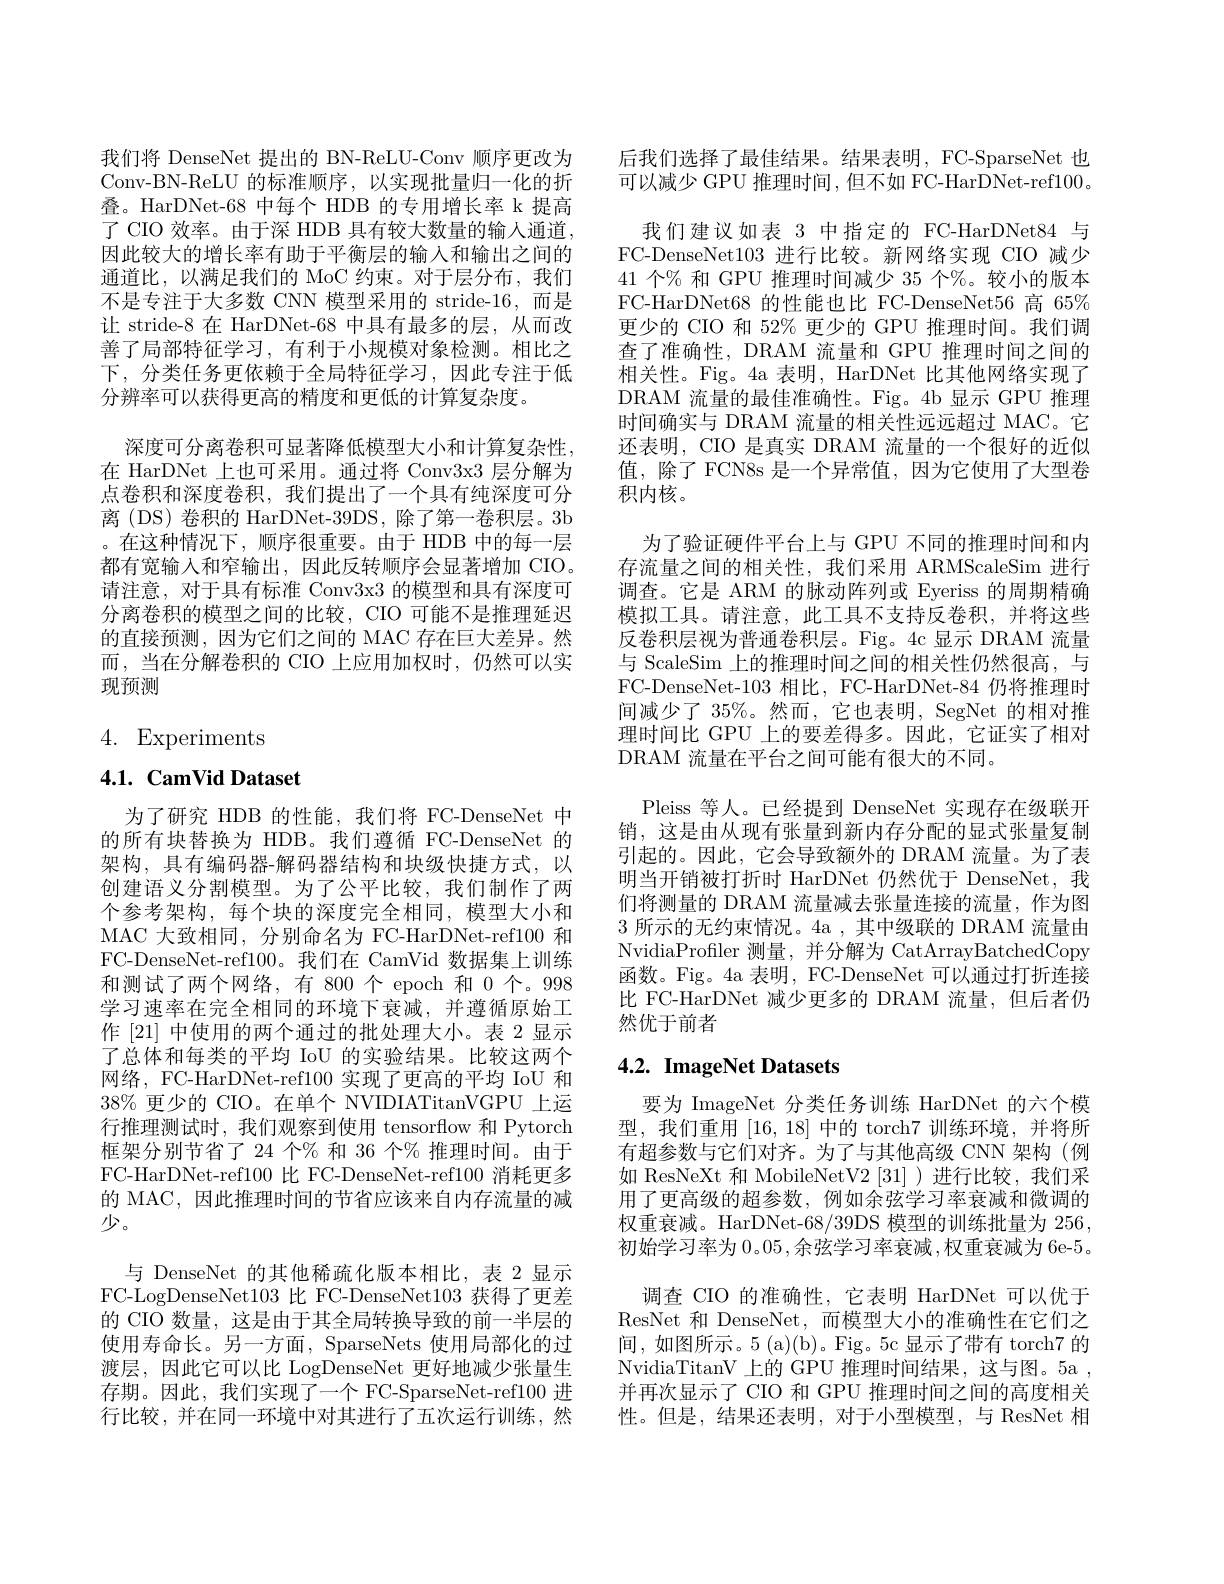
我们将 DenseNet 提出的 BN-ReLU-Conv 顺序更改为Conv-BN-ReLU 的标准顺序，以实现批量归一化的折叠。HarDNet-68 中每个 HDB 的专用增长率 k 提高了 CIO 效率。由于深 HDB 具有较大数量的输人通道， 因此较大的增长率有助于平衡层的输入和输出之间的通道比，以满足我们的 MoC 约束。对于层分布，我们不是专注于大多数 CNN 模型采用的 stride-16,而是让 stride-8 在 HarDNet-68 中具有最多的层，从而改善了局部特征学习，有利于小规模对象检测。相比之下，分类任务更依赖于全局特征学习，因此专注于低分辨率可以获得更高的精度和更低的计算复杂度。
深度可分离卷积可显著降低模型大小和计算复杂性， 在 HarDNet 上也可采用。通过将 Conv3x3 层分解为点卷积和深度卷积，我们提出了一个具有纯深度可分离 (DS) 卷积的 HarDNet-39DS, 除了第一卷积层。3b 。在这种情况下，顺序很重要。由于 HDB 中的每一层都有宽输入和窄输出，因此反转顺序会显著增加 CIO。请注意，对于具有标准 Conv3x3 的模型和具有深度可分离卷积的模型之间的比较，CIO 可能不是推理延迟的直接预测，因为它们之间的 MAC 存在巨大差异。然而，当在分解卷积的 CIO 上应用加权时，仍然可以实现预测

# 4. Experiments

# 4.1. CamVid Dataset

为了研究 HDB 的性能，我们将 FC-DenseNet 中的所有块替换为 HDB。我们遵循 FC-DenseNet 的架构，具有编码器-解码器结构和块级快捷方式，以创建语义分割模型。为了公平比较，我们制作了两个参考架构，每个块的深度完全相同，模型大小和MAC 大致相同，分别命名为 FC-HarDNet-ref100 和FC-DenseNet-ref100。我们在 CamVid 数据集上训练和测试了两个网络，有 800个 epoch 和 0 个。998学习速率在完全相同的环境下衰减，并遵循原始工作[21]中使用的两个通过的批处理大小。表 2 显示了总体和每类的平均 IoU 的实验结果。比较这两个网络，FC-HarDNet-ref100 实现了更高的平均 IoU 和$38\%$更少的 CIO。在单个 NVIDIATitanVGPU 上运行推理测试时，我们观察到使用 tensorflow 和 Pytorch 框架分别节省了 24 个% 和 36 个% 推理时间。由于FC-HarDNet-ref100 比 FC-DenseNet-ref100 消耗更多的 MAC, 因此推理时间的节省应该来自内存流量的减少。

与 DenseNet 的其他稀疏化版本相比，表 2 显示FC-LogDenseNet103 比 FC-DenseNet103获得了更差的 CIO 数量，这是由于其全局转换导致的前一半层的使用寿命长。另一方面，SparseNets 使用局部化的过渡层，因此它可以比 LogDenseNet 更好地减少张量生存期。因此，我们实现了一个 FC-SparseNet-ref100 进行比较，并在同一环境中对其进行了五次运行训练，然

后我们选择了最佳结果。结果表明，FC-SparseNet 也可以减少 GPU 推理时间，但不如 FC-HarDNet-ref100。
我们建议如表 3 中指定的 FC-HarDNet84 与FC-DenseNet103 进行比较。新网络实现 CIO 减少41个% 和 GPU 推理时间减少 35 个%。较小的版本FC-HarDNet68 的性能也比 FC-DenseNet56高 65% 更少的 CIO 和 52% 更少的 GPU 推理时间。我们调查了准确性，DRAM 流量和 GPU 推理时间之间的相关性。Fig。4a 表明，HarDNet 比其他网络实现了DRAM 流量的最佳准确性。Fig。4b 显示 GPU 推理时间确实与 DRAM 流量的相关性远远超过 MAC。它还表明，CIO 是真实 DRAM 流量的一个很好的近似值，除了 FCN8s 是一个异常值，因为它使用了大型卷积内核。
为了验证硬件平台上与 GPU 不同的推理时间和内存流量之间的相关性，我们采用 ARMScaleSim 进行调查。它是 ARM 的脉动阵列或 Eyeriss 的周期精确模拟工具。请注意，此工具不支持反卷积，并将这些反卷积层视为普通卷积层。Fig。4c 显示 DRAM 流量与 ScaleSim 上的推理时间之间的相关性仍然很高，与FC-DenseNet-103 相比，FC-HarDNet-84 仍将推理时间减少了 35%。然而，它也表明，SegNet 的相对推理时间比 GPU 上的要差得多。因此，它证实了相对DRAM 流量在平台之间可能有很大的不同。
Pleiss 等人。已经提到 DenseNet 实现存在级联开销，这是由从现有张量到新内存分配的显式张量复制引起的。因此，它会导致额外的 DRAM 流量。为了表明当开销被打折时 HarDNet 仍然优于 DenseNet,我们将测量的 DRAM 流量减去张量连接的流量，作为图3所示的无约束情况。4a ,其中级联的 DRAM 流量由NvidiaProfiler 测量，并分解为 CatArrayBatchedCopy 函数。Fig。4a 表明，FC-DenseNet 可以通过打折连接比 FC-HarDNet 减少更多的 DRAM 流量，但后者仍然优于前者

# 4.2. ImageNet Datasets

要为 ImageNet 分类任务训练 HarDNet 的六个模型，我们重用[16,18] 中的 torch7 训练环境，并将所有超参数与它们对齐。为了与其他高级 CNN 架构(例如 ResNeXt 和 MobileNetV2 [31] )进行比较，我们采用了更高级的超参数，例如余弦学习率衰减和微调的权重衰减。HarDNet-68/39DS 模型的训练批量为 256, 初始学习率为 0。05,余弦学习率衰减，权重衰减为 6e-5。
调查 CIO 的准确性，它表明 HarDNet 可以优于ResNet 和 DenseNet,而模型大小的准确性在它们之间，如图所示。5 (a)(b)。Fig。5c 显示了带有 torch7 的NvidiaTitanV 上的 GPU 推理时间结果，这与图。5a , 并再次显示了 CIO 和 GPU 推理时间之间的高度相关性。但是，结果还表明，对于小型模型，与 ResNet 相